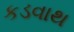
કડવાથ